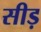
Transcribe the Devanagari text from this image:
सीड़